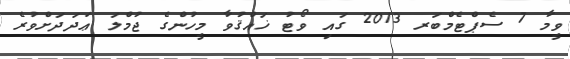
ވީމާ 7 ސެޕްޓެމްބަރ 2013 ގައި ވޯޓު ޚައްޤުވާ މީހުންގެ ޖުމްލަ ޢަދަދަށްވުރެ